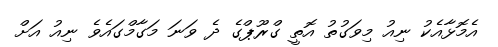
އެމޮޅާއެކު ނިއު މިވަގުތު އޮތީ ގްރޫޕްގެ ދެ ވަނަ މަގާމްގައެވެ ނިއު އަށް